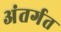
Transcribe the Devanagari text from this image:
अंतर्गत